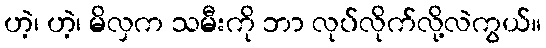
ဟဲ့၊ ဟဲ့၊ မိလှက သမီးကို ဘာ လုပ်လိုက်လို့လဲကွယ်။